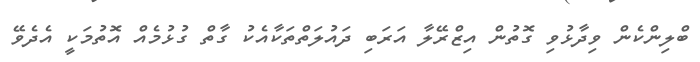
ބްލިންކެން ވިދާޅުވި ގޮތުން އިޒްރޭލާ އަރަބި ދައުލަތްތަކާއެކު ގާތް ގުޅުމެއް އޮތުމަކީ އެދެވޭ